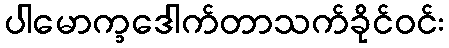
ပါမောက္ခဒေါက်တာသက်ခိုင်ဝင်း